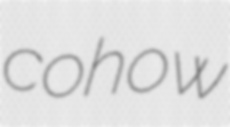
cohow